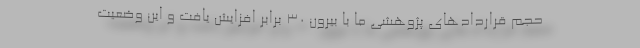
حجم قراردادهای پژوهشی ما با بیرون ۳۰ برابر افزایش یافت و این وضعیت